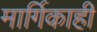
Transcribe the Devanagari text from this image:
मार्गिकाही